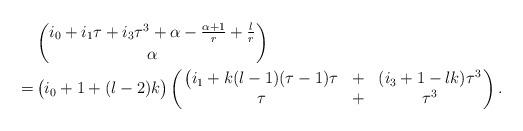
LaTeX: \begin{align*}&\binom{i_0+i_1\tau+i_3\tau^3+\alpha-\frac{\alpha+1}r+\frac lr}\alpha\cr=\,&\bigl(i_0+1+(l-2)k\bigr)\left(\!\!\begin{array}{ccc}\bigl(i_1+k(l-1)(\tau-1)\tau&+&(i_3+1-lk)\tau^3\cr\tau&+&\tau^3\end{array}\!\!\right).\end{align*}